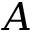
A